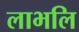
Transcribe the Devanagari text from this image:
लाभलि